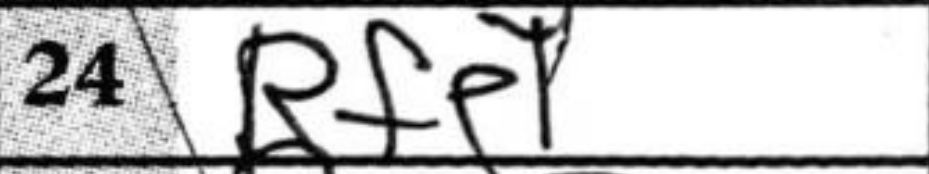
Transcription: Rfe1